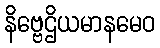
နိဗ္ဗေဌိယမာနမေဝ